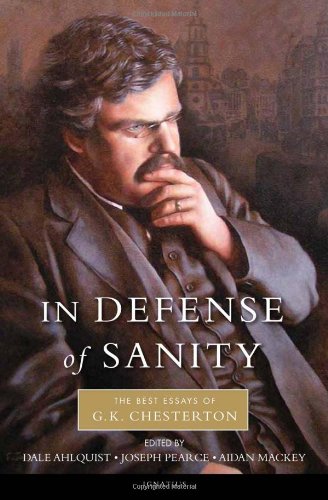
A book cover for In Defense of Sanity: The Best Essays of G.K. Chesterton; G. K. Chesterton; Literature & Fiction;